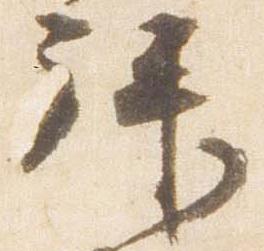
拝